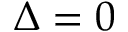
\Delta = 0